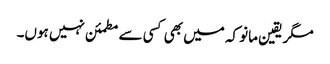
مگر یقین مانو کہ میں بھی کسی سے مطمئن نہیں ہوں۔